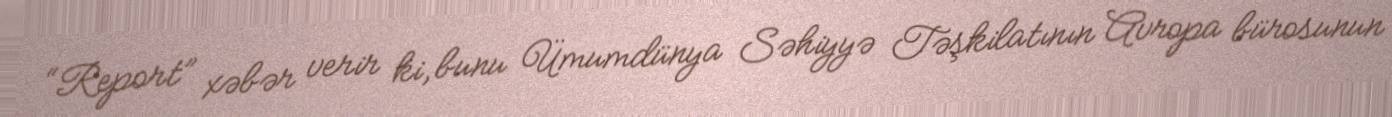
“Report” xəbər verir ki, bunu Ümumdünya Səhiyyə Təşkilatının Avropa bürosunun